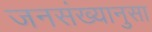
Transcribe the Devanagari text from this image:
जनसंख्यानुसा